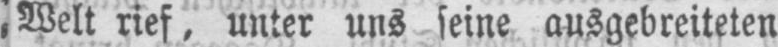
Welt rief, unter uns seine ausgebreiteten